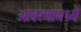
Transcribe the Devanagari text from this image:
आवरणामध्ये